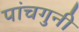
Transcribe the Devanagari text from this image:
पांचगुनी